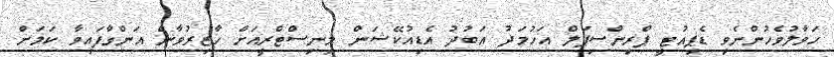
ހަވާލުވެހުންނެވި ޑެޕިއުޓީ ޕްރިންސިޕަލް އަހުމަދު އަބުދު އެޑިއުކޭޝަން މިނިސްޓްރީއަށް ހާޒިރުވާން އަންގާފައިވާ ކަމަށް